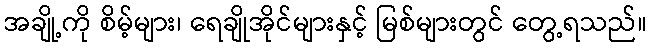
အချို့ကို စိမ့်များ၊ ရေချိုအိုင်များနှင့် မြစ်များတွင် တွေ့ရသည်။